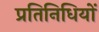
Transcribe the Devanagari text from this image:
प्रतिनिधियों